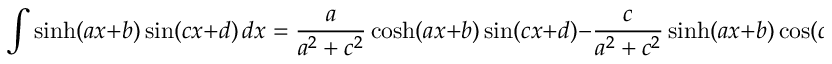
\int \sinh ( a x + b ) \sin ( c x + d ) \, d x = { \frac { a } { a ^ { 2 } + c ^ { 2 } } } \cosh ( a x + b ) \sin ( c x + d ) - { \frac { c } { a ^ { 2 } + c ^ { 2 } } } \sinh ( a x + b ) \cos ( c x + d ) + C